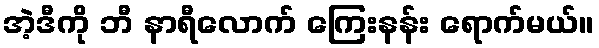
အဲ့ဒီကို ဘီ နာရီလောက် ကြေးနန်း ရောက်မယ်။